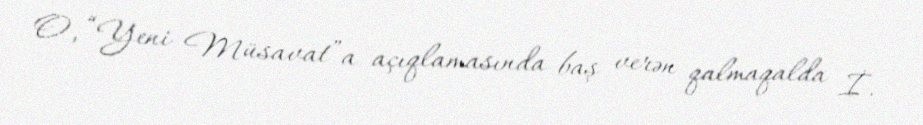
O, “Yeni Müsavat”a açıqlamasında baş verən qalmaqalda İ.